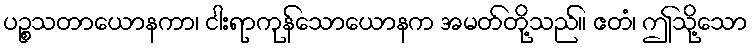
ပဉ္စသတာယောနကာ၊ ငါးရာကုန်သောယောနက အမတ်တို့သည်။ ဧတံ၊ ဤသို့သော